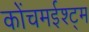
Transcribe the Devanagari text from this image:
कोंचमईश्ट्म